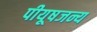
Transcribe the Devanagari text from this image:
पीयूषजन्य